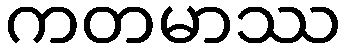
ကတမာဿ